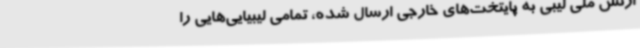
ارتش ملی لیبی به پایتخت‌های خارجی ارسال شده، تمامی لیبیایی‌هایی را